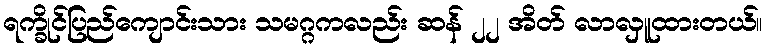
ရက္ခိုင်ပြည်ကျောင်းသား သမဂ္ဂကလည်း ဆန် ၂၂ အိတ် လာလှူထားတယ်။